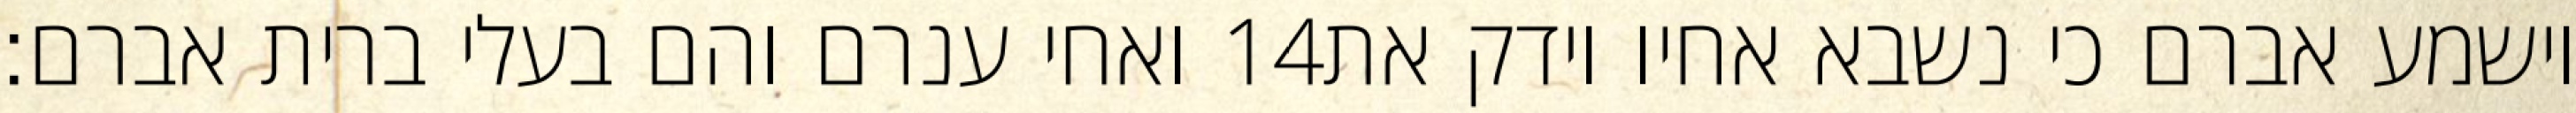
ואחי ענרם והם בעלי ברית אברם׃ ‎14‏ וישמע אברם כי נשבא אחיו וידק את